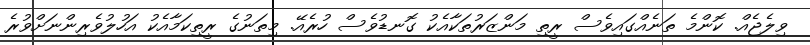
ވިލެޖެއް. ކޮންމެ ތަނެއްގައިވެސް ރީތި މަންޒަރުތަކާއެކު ގޮނޑުވެސް ހުރެއޭ. މިތަނުގެ ރީތިކަމާއެކު އަހުލުވެރިންނަށްވުރެ